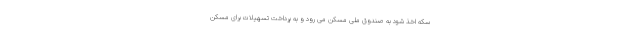
سکه اخذ شود به صندوق ملی مسکن می رود و به پرداخت تسهیلات برای مسکن